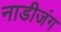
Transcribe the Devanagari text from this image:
नाडीजंग